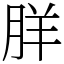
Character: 羘